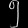
Digit: ၅